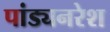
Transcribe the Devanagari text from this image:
पांड्यनरेश